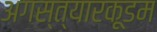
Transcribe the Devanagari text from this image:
अगस्त्यारकूडम